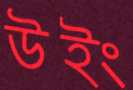
উইং